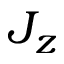
J _ { z }